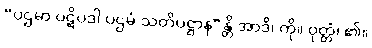
“ပဌမာ ပဋိပဒါ ပဌမံ သတိပဋ္ဌာန”န္တိ အာဒိ၊ ကို။ ဝုတ္တံ၊ ၏။